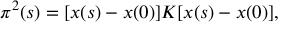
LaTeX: \pi ^ { 2 } ( s ) = [ x ( s ) - x ( 0 ) ] K [ x ( s ) - x ( 0 ) ] ,